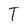
Character: T